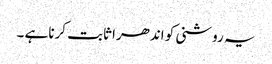
یہ روشنی کو اندھرا ثابت کرنا ہے ۔